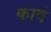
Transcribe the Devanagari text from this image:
कावं